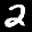
Label: 2